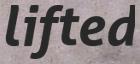
lifted